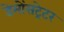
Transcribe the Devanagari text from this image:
डेमोंसट्रेटर